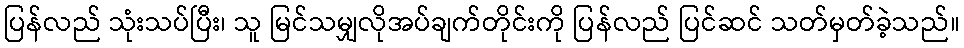
ပြန်လည် သုံးသပ်ပြီး၊ သူ မြင်သမျှလိုအပ်ချက်တိုင်းကို ပြန်လည် ပြင်ဆင် သတ်မှတ်ခဲ့သည်။